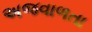
અજવાળતા